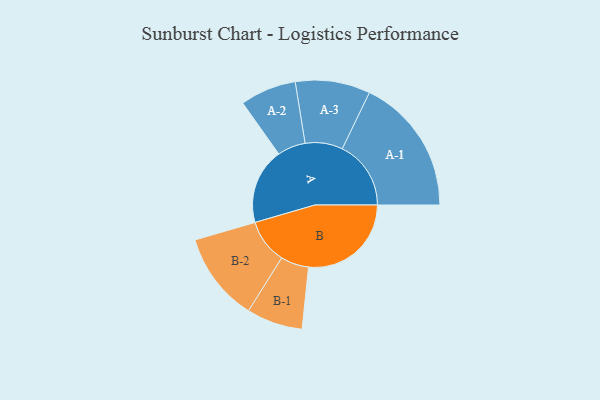
{"axis": {"x": "Segment", "y": "Value"}, "legend": ["", "A", "B"], "data": [{"x": "A", "y": 308, "type": ""}, {"x": "B", "y": 417, "type": ""}, {"x": "A-1", "y": 279, "type": "A"}, {"x": "A-2", "y": 114, "type": "A"}, {"x": "A-3", "y": 152, "type": "A"}, {"x": "B-1", "y": 114, "type": "B"}, {"x": "B-2", "y": 181, "type": "B"}]}